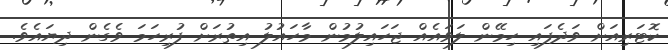
ކޮޓަރިއަށް ވަދެފައި ހިމޭން ލަވައެއް ޖަހައިލުމުން މާހައުލު އިތުރަށް ފުރިހަމަ ވެގެން ދިޔައެވެ.